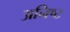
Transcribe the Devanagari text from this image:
अनिष्‍ट